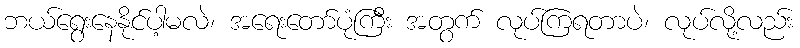
ဘယ်ရွေးနေနိုင်ပါ့မလဲ၊ အရေးတော်ပုံကြီး အတွက် လုပ်ကြရတာပဲ၊ လုပ်လို့လည်း